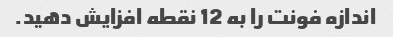
اندازه فونت را به 12 نقطه افزایش دهید.